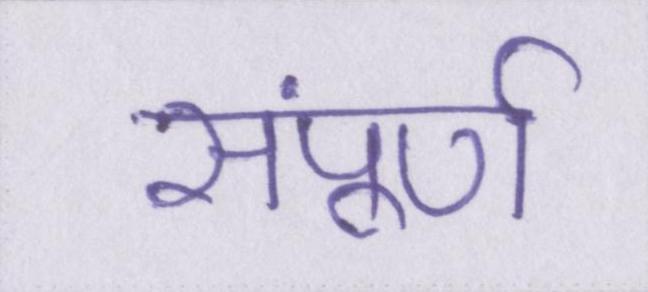
संपूर्ण